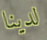
لدينا